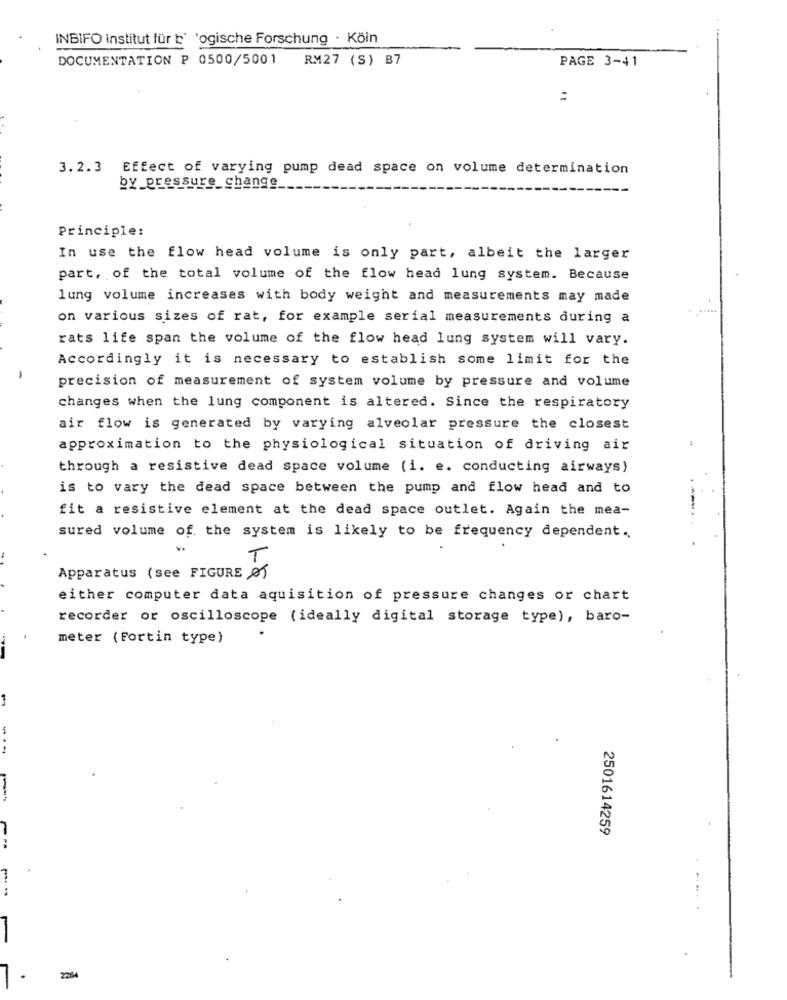
INBIFO institut für t' 'ogische Forschung · Köln
DOCUMENTATION P 0500/5001
RM27 (S) B7
PAGE 3-41
:
3.2.3 Effect of varying pump dead space on volume determination
by_pressure_change
Principle:
In use the flow head volume is only part, albeit the larger
part, of the total volume of the flow head lung system. Because
lung volume increases with body weight and measurements may made
on various sizes of rat, for example serial measurements during a
rats life span the volume of the flow head lung system will vary.
Accordingly it is necessary to establish some limit for the
-
precision of measurement of system volume by pressure and volume
changes when the lung component is altered. Since the respiratory
air flow is generated by varying alveolar pressure the closest
approximation to the physiological situation of driving air
through a resistive dead space volume (i. e. conducting airways)
is to vary the dead space between the pump and flow head and to
fit a resistive element at the dead space outlet. Again the mea-
sured volume of the system is likely to be frequency dependent.
T
Apparatus (see FIGURE of
either computer data aquisition of pressure changes or chart
recorder or oscilloscope (ideally digital storage type), baro-
meter (Fortin type)
---.
2501614259
234